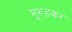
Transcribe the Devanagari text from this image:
मुरुडकर